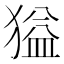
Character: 獈